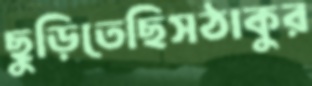
ছুড়িতেছিসঠাকুর